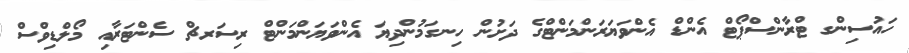
ހައުސިންގ ޓްރާންސްޕޯޓް އެންޑް އެންވަޔަރަންމަންޓްގެ ދަށުން ހިނގަމުންދިޔަ އެންވަޔަންމަންޓް ރިސަރޗް ސެންޓަރާއި މޯލްޑިވްސް